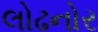
લોઢનોર